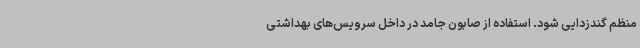
منظم گندزدایی شود. استفاده از صابون جامد در داخل سرویس‌های بهداشتی